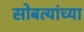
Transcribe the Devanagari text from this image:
सोबत्यांच्या